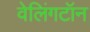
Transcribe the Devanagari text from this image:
वेलिंगटॉन